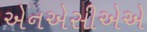
એનએસીએએ